Scottish Leaving Certificate Examination, 1959
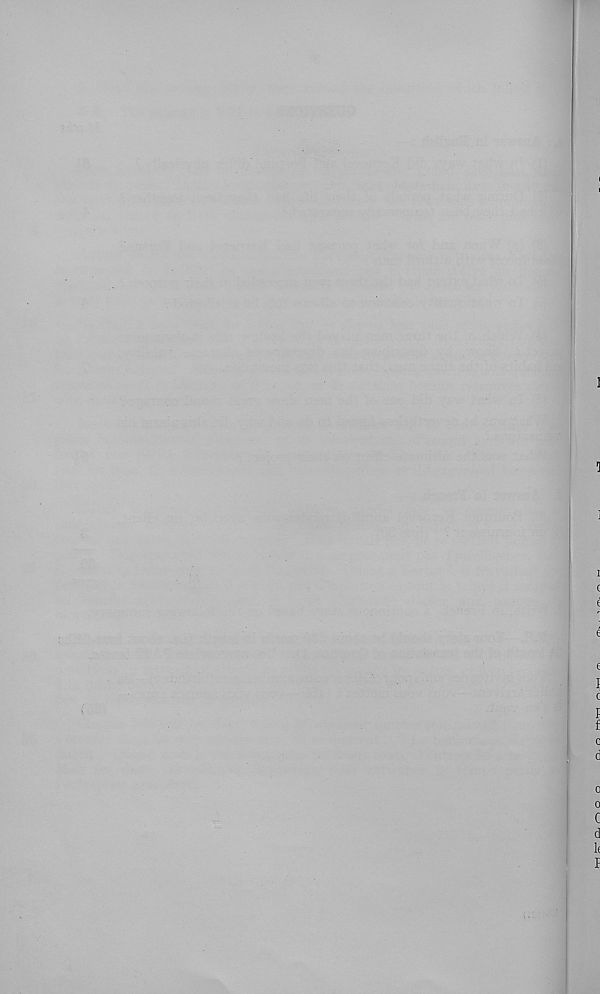
I
J
1
:
i
c
e
e
e
c
I
f
c
d
o
0
C
d
1(
I